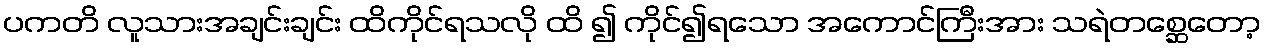
ပကတိ လူသားအချင်းချင်း ထိကိုင်ရသလို ထိ ၍ ကိုင်၍ရသော အကောင်ကြီးအား သရဲတစ္ဆေတော့